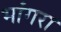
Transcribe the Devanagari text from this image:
भांगरा